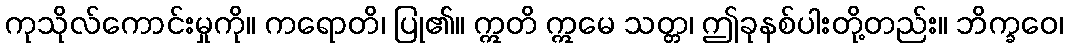
ကုသိုလ်ကောင်းမှုကို။ ကရောတိ၊ ပြု၏။ ဣတိ ဣမေ သတ္တ၊ ဤခုနစ်ပါးတို့တည်း။ ဘိက္ခဝေ၊